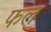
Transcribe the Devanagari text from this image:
फल